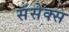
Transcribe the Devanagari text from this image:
संसेक्स